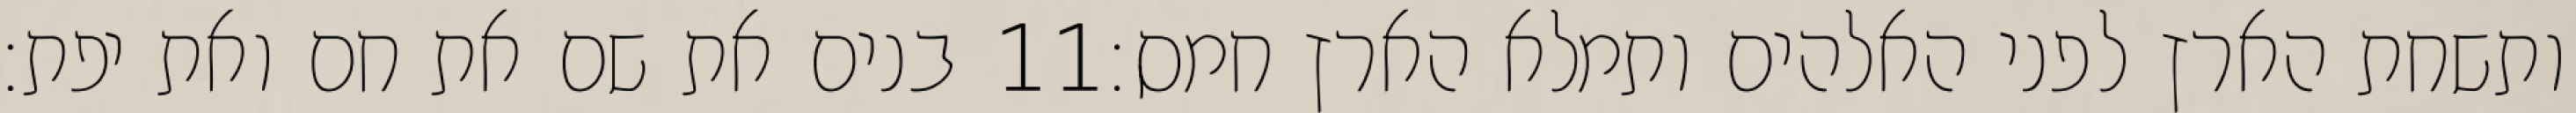
בנים את שם את חם ואת יפת׃ ‎11‏ ותשחת הארץ לפני האלהים ותמלא הארץ חמס׃